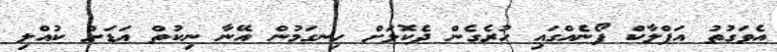
އެވަގުތު އަފްލާކް ފޯނެއްގައި ހުރެގެން ދެކޮޅަށް ހިނގަމުން އޭނާ ނިކުތް އަޑަށް ކުއްލި